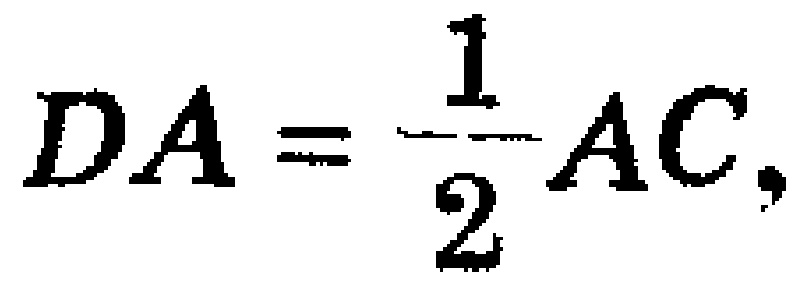
$DA=\frac{1}{2}AC,$